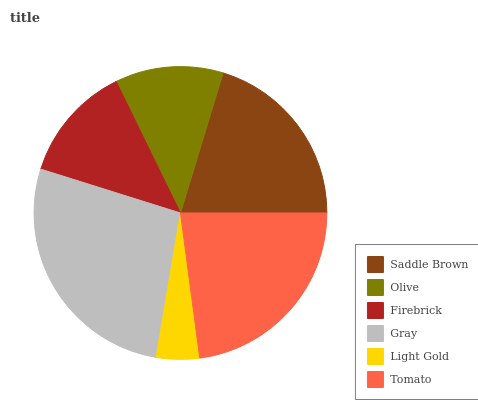
| Saddle Brown | Olive | Firebrick | Gray | Light Gold | Tomato |
 | --- | --- | --- | --- | --- | --- |
 | 20.3% | 11.9% | 12.9% | 27.2% | 4.75% | 22.9% |